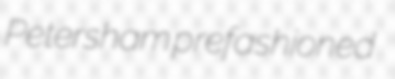
Petersham prefashioned